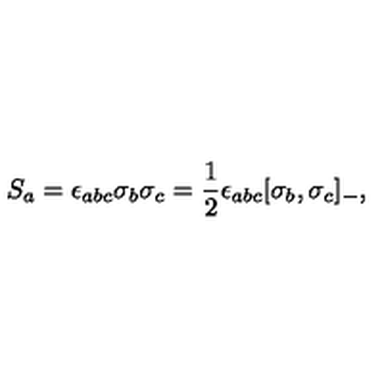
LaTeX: S _ { a } = \epsilon _ { a b c } \sigma _ { b } \sigma _ { c } = \frac { 1 } { 2 } \epsilon _ { a b c } [ \sigma _ { b } , \sigma _ { c } ] _ { - } ,